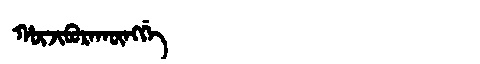
Manchu: ᡥᡡᠵᡳᠪᡠᡵᠠᡴᡡᠩᡤᡝ
Romanization: HŪJIBURAKŪNGGE